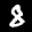
Label: 8